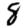
Digit: 8